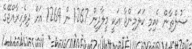
ސުލްޠާން ކެއިމި ކަލަމިންޖާ އަކީ މީލާދީން 1267 ން 1269 އަށް ދިވެހިރާއްޖޭގެ